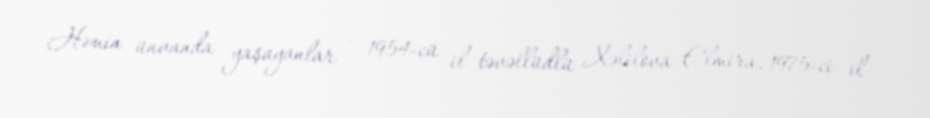
Həmin ünvanda yaşayanlar - 1954-cü il təvəllüdlü Xəlilova Elmira, 1975-ci il